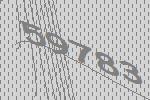
59783